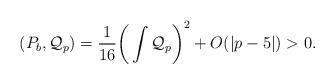
LaTeX: \begin{align*}(P_b,\mathcal{Q}_p)=\frac{1}{16}\bigg{(}\int \mathcal{Q}_p\bigg{)}^2+O(|p-5|)>0.\end{align*}